Civil Veterinary Department Bihar & Orissa reports 1922-29 - 1922-1929
Year: 1922
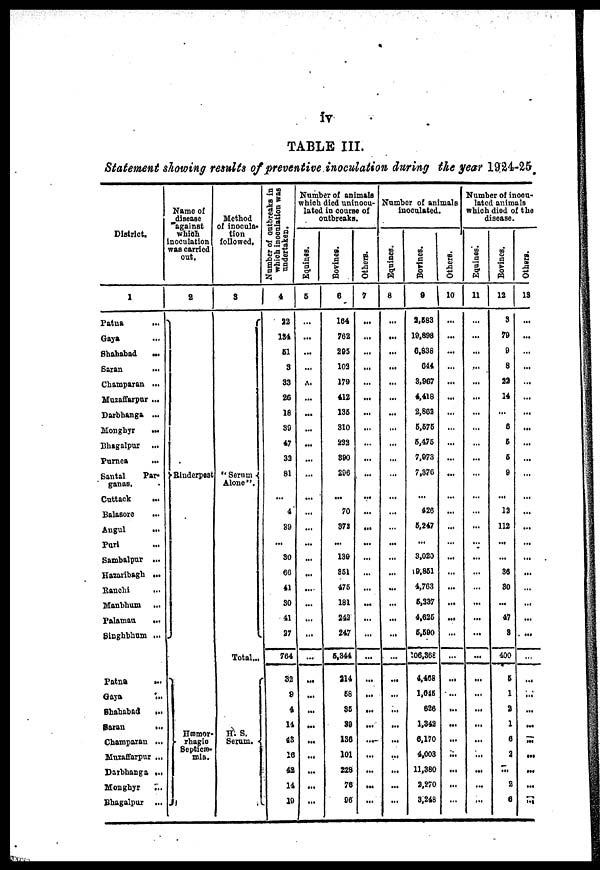
iv
TABLE III.
Statement showing results of preventive inoculation during the year 1924-25.
District.
1
Patna
Gaya
Shahabad
...
Saran
Champaran ...
Muzaffarpur ...
Darbbanga ...
Monghyr
...
Bhagalpur
Purnca
...
Santal
Par-
ganas.
Cattack
...
Balasore
Augul
Pari
Sambalpur ...
Hazaribagh ...
Ranchi
Manbhum
...
Palamau
...
Binghbhum ...
Patna
...
Gaya
Shahabad
...
Saran
...
Champaran ...
Muzaffarpur ...
Darbhanga ...
Monghyr
...
Bhagalpur
...
Name of
disease
against
which
inoculation
was carried
out,
2
Binderpost
Hæmor-
rhagio
Beptic-
mia.
Method
of inocula-
tion
followed,
3
" Serum
Alone"
Total...
H. S.
Serum. .
Number of outbreaks in
which inoculation was
undertakes.
4
82
134
61
...
33
26
18
30
47
33
81
...
4
14
...
30
60
41
50
41
27
704
32
9
4
14
43
16
42
14
10
Number of animals
which died uninocu-
lated in course of
outbreaks.
Equines.
5
...
...
...
...
...
...
...
...
...
...
...
...
...
...
...
...
...
...
...
...
...
...
...
...
...
...
...
...
...
...
...
Bovines.
6
164
762
295
103
179
412
136
310
222
890
206
...
70
372
...
139
361
476
181
242
247
5,344
314
68
35
89
136
101
228
76
06
Others.
7
...
...
...
...
...
...
...
...
...
...
...
...
...
...
...
...
...
...
...
...
...
...
...
...
...
...
...
...
...
...
...
Number of animals
inoculated.
Equines.
8
...
...
...
...
...
...
...
...
...
...
...
...
...
...
...
...
...
...
...
...
...
...
...
....
...
...
...
...
...
...
Bovines.
9
3,583
19,898
6,838
644
3,967
4,418
2,603
6,676
6,476
7,073
7,378
...
426
6,247
...
3,028
19,861
4,703
6,337
4,626
6,690
106,368
4,468
1,615
626
1,342
6,170
4,003
11,380
2,270
3,248
Others.
10
...
...
...
...
...
...
...
...
...
...
...
...
...
...
...
...
...
...
...
...
...
...
...
...
...
...
...
...
Number of inoca
latcd animals
which died of the
disease.
Equines.
11
...
...
...
...
...
...
...
...
...
...
...
...
...
...
...
...
...
...
...
...
...
...
...
...
...
...
...
...
...
...
Bovines.
12
3
79
9
8
22
14
...
6
6
6
9
...
12
112
...
...
36
30
...
47
8
400
6
1
2
1
6
2
...
2
6
Others.
13
...
...
..
...
...
...
...
...
...
...
...
...
...
...
...
...
...
...
...
...
...
...
...
..
..
...
...
...
...
..
...